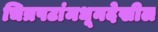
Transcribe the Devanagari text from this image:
चित्रपटांमधूनदेखील